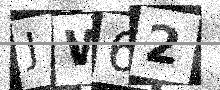
Text: JW62